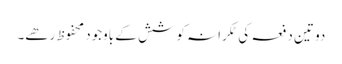
دو تین دفعہ کی ٹکرانہ کوشش کے باوجود محفوظ رھے۔